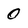
Character: 0